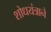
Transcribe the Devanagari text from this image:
शोधयंत्राने